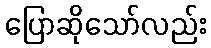
ပြောဆိုသော်လည်း